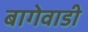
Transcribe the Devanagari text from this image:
बागेवाडी